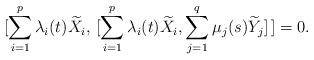
LaTeX: \begin{align*}[\sum_{i=1}^p \lambda_i (t) \widetilde{X}_i, \, [ \sum_{i=1}^p \lambda_i (t) \widetilde{X}_i, \sum_{j=1}^q \mu_j (s) \widetilde{Y}_j]\,]=0.\end{align*}